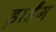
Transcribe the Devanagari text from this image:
ड्राईंग